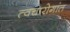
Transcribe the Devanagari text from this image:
त्वचारोगांत